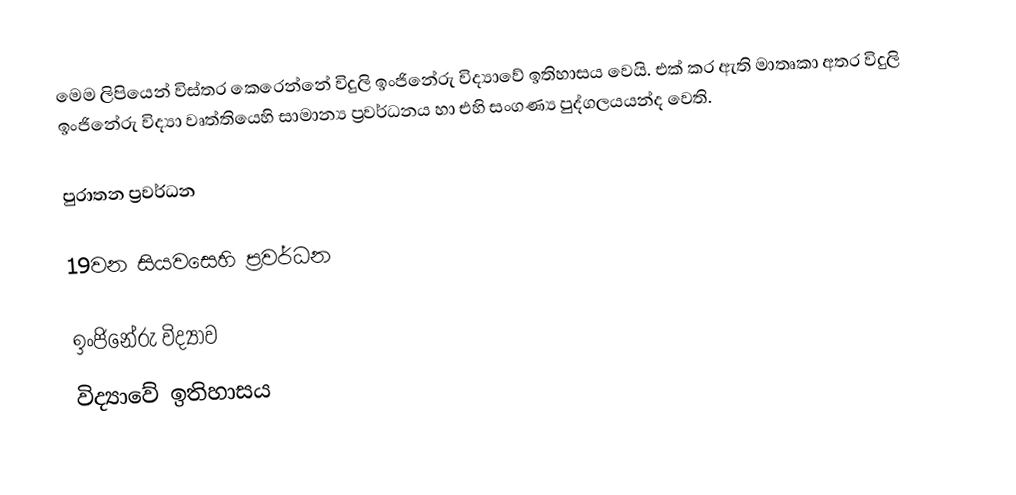
මෙම ලිපියෙන් විස්තර කෙරෙන්නේ විදුලි ඉංජිනේරු විද්‍යාවේ ඉතිහාසය වෙයි. එක් කර ඇති මාතෘකා අතර විදුලි ඉංජිනේරු විද්‍යා වෘත්තියෙහි සාමාන්‍ය ප්‍රවර්ධනය හා එහි සංගණ්‍ය පුද්ගලයයන්ද වෙති.

පුරාතන ප්‍රවර්ධන

19වන සියවසෙහි ප්‍රවර්ධන

ඉංජිනේරු විද්‍යාව
විද්‍යා‍වේ ඉතිහාසය